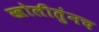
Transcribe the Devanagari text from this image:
खोलीतुंनच